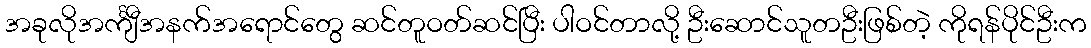
အခုလိုအင်္ကျီအနက်အရောင်တွေ ဆင်တူဝတ်ဆင်ပြီး ပါဝင်တာလို့ ဦးဆောင်သူတဦးဖြစ်တဲ့ ကိုရန်ပိုင်ဦးက